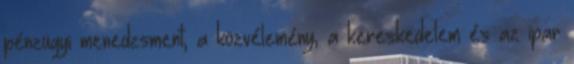
pénzügyi menedzsment, a közvélemény, a kereskedelem és az ipar